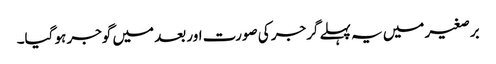
برصغیر میں یہ پہلے گرجر کی صورت اور بعد میں گوجر ہو گیا۔